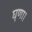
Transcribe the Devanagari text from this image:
घृणा।